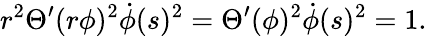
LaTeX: r^{2}\Theta^{\prime}(r\phi)^{2}\dot{\phi}(s)^{2}=\Theta^{\prime}(\phi)^{2}\dot{\phi}(s)^{2}=1.